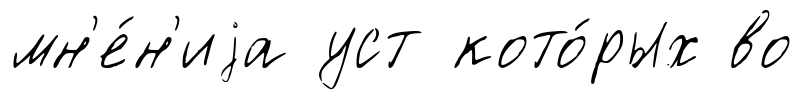
мн'е́н'иjа уст кото́рых во